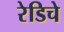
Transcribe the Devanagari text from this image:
रेडिचे